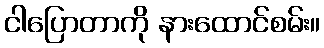
ငါပြောတာကို နားထောင်စမ်း။